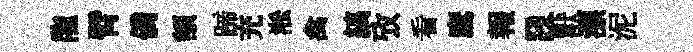
龍臂僑額蹄充淞禽縞攷看鷹報a獸漂泥